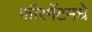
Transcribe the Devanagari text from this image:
फॉरमॅटमधे